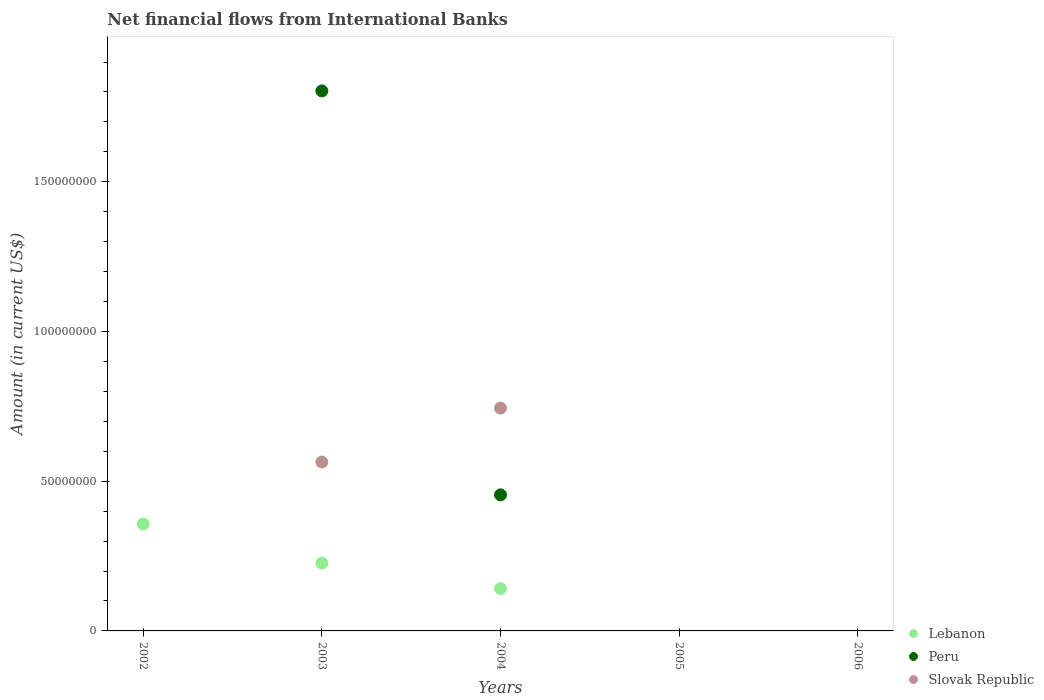
| Years | Lebanon | Peru | Slovak Republic |
 | --- | --- | --- | --- |
 | 2002 | 3.57e+07 | -1.68e+07 | -2.19e+07 |
 | 2003 | 2.27e+07 | 1.8e+08 | 5.64e+07 |
 | 2004 | 1.42e+07 | 4.54e+07 | 7.44e+07 |
 | 2005 | -6.17e+06 | -1.73e+07 | -5.55e+07 |
 | 2006 | -5.25e+07 | -1.83e+08 | -3.29e+07 |